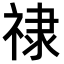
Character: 𫀘